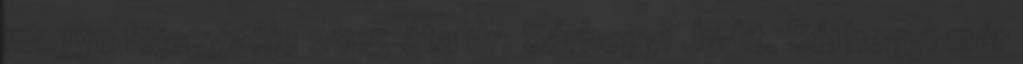
megye főjegyzője 2015 óta dr. Sárhegyi Judit. Sárhegyi már